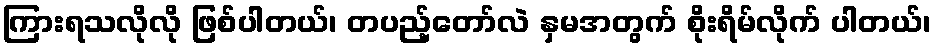
ကြားရသလိုလို ဖြစ်ပါတယ်၊ တပည့်တော်လဲ နှမအတွက် စိုးရိမ်လိုက် ပါတယ်၊